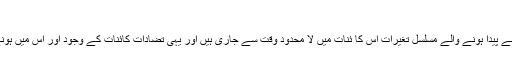
– طبقاتی جدوجہد
فطرت میں متضاد قوتوں کی وجہ سے پیدا ہونے والے مسلسل تغیرات اس کا ئنات میں لا محدود وقت سے جاری ہیں اور یہی تضادات کائنات کے وجود اور اس میں ہونے والی تمام تر تبدیلوں کا باعث ہیں۔